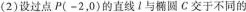
(2)设过点P(-2，0)的直线1与椭圆C交于不同的